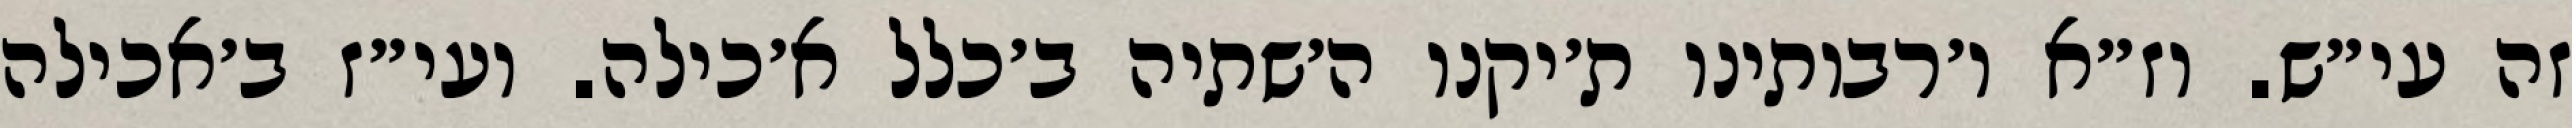
זה עי״ש. וז״א ו׳רבותינו ת׳יקנו ה׳שתיה ב׳כלל א׳כילה. ועי״ז ב׳אכילה